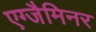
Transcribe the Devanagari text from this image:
एग्जैमिनर